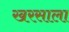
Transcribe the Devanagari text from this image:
खरसाला